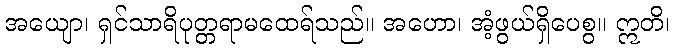
အယျော၊ ရှင်သာရိပုတ္တရာမထေရ်သည်။ အဟော၊ အံ့ဖွယ်ရှိပေစွ။ ဣတိ၊